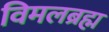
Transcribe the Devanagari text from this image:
विमलब्रह्म